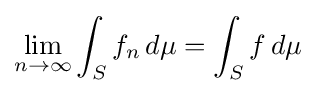
\lim _{n\to \infty }\int _{S}{f_{n}\,d\mu }=\int _{S}{f\,d\mu }